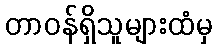
တာဝန်ရှိသူများထံမှ